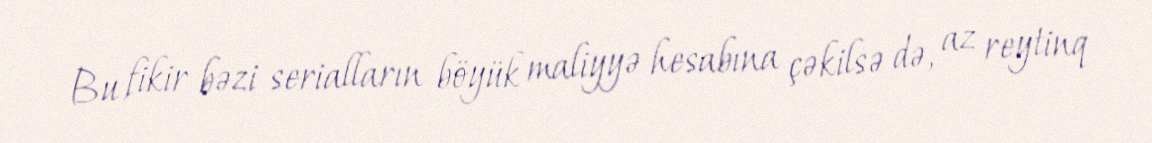
Bu fikir bəzi serialların böyük maliyyə hesabına çəkilsə də, az reytinq